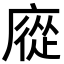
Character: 㢔